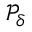
\mathcal { P } _ { \delta }